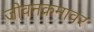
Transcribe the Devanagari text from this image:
जीवनक्रमावर